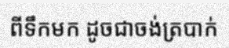
ពីទឹកមក ដូចជាចង់ត្របាក់